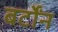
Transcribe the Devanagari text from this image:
बर्टोंन